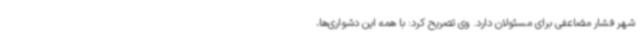
شهر فشار مضاعفی برای مسئولان دارد. وی تصریح کرد: با همه این دشواری‌ها،